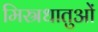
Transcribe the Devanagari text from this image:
मिस्रधातुओं